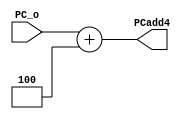
module PCAdd4(PC_o,PCadd4);
//pc
input [31:0] PC_o;
//pc(pc+4)
output [31:0] PCadd4;

assign PCadd4 = PC_o + 4;


//pc
endmodule